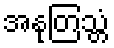
အနုတြသ္တံ